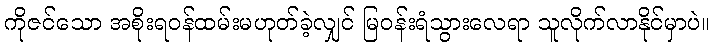
ကိုဇင်သော အစိုးရဝန်ထမ်းမဟုတ်ခဲ့လျှင် မြဝန်းရံသွားလေရာ သူလိုက်လာနိုင်မှာပဲ။